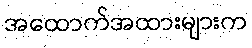
အထောက်အထားများက